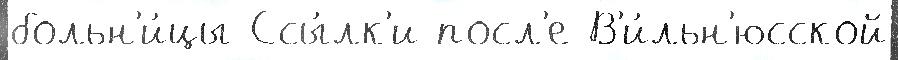
больн'и́цы Ссы́лк'и посл'е В'и́льн'юсской